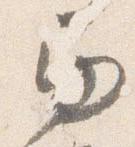
巻